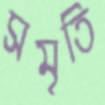
সমৃতি